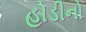
હોડીનો